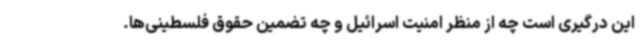
این درگیری است چه از منظر امنیت اسرائیل و چه تضمین حقوق فلسطینی‌ها.